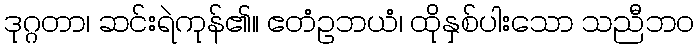
ဒုဂ္ဂတာ၊ ဆင်းရဲကုန်၏။ ဧတံဥဘယံ၊ ထိုနှစ်ပါးသော သညီဘဝ